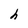
Character: h